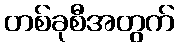
တစ်ခုစီအတွက်